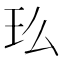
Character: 𤣵